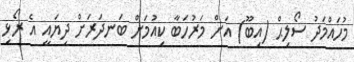
މުހައްމަދު ސޯލިޙް (އިބޫ) އަށް މަރުހަބާ ކިއުމަށް ބަނދަރަށް ދިޔައީ އެ ރޯޅި